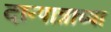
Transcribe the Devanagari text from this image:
दान्पात्राच्या